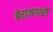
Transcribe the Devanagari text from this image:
बेराजगारी